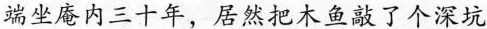
端坐庵内三十年，居然把木鱼敲了个深坑